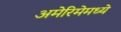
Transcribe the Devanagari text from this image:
अमेरिमेमध्ये